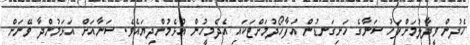
ހެދުން ވީދާލުމަށްފަހު ސަނާގެ ހަށިގަނޑުން އުފާހޯދުމަށްޓަކައި އެދެމީހުން އުޅެމުންދިޔައެވެ. ސަނާއަށް އަޅަމުންދާ ވޭނަށް